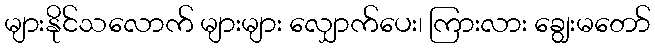
များနိုင်သလောက် များများ လျှောက်ပေး၊ ကြားလား ချွေးမတော်